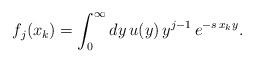
LaTeX: \begin{align*}f_j(x_k)=\int_0^\infty dy\, u(y)\, y^{j-1}\,e^{-s\, x_ky}.\end{align*}